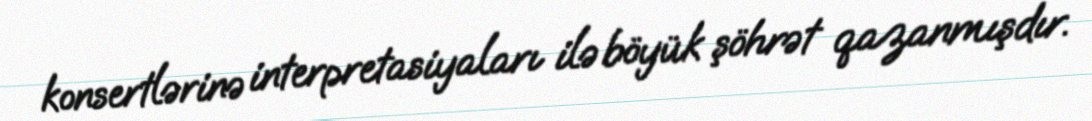
konsertlərinə interpretasiyaları ilə böyük şöhrət qazanmışdır.